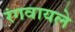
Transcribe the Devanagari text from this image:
रंगवायले